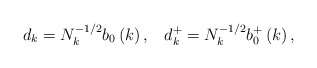
\begin{align*}d_{k}=N_{k}^{-1/2}b_{0}\left( k\right),\;\;\;d_{k}^{+}=N_{k}^{-1/2}b_{0}^{+}\left( k\right) , \end{align*}